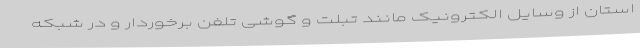
استان از وسایل الکترونیک مانند تبلت و گوشی تلفن برخوردار و در شبکه